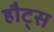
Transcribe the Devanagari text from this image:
हौट्स